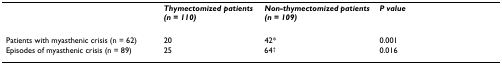
<table><thead><tr><td></td><td><b><i>Thymectomized patients (n = 110)</i></b></td><td><b><i>Non-thymectomized patients (n = 109)</i></b></td><td><b><i>P value</i></b></td></tr></thead><tbody><tr><td>Patients with myasthenic crisis (n = 62)</td><td>20</td><td>42*</td><td>0.001</td></tr><tr><td>Episodes of myasthenic crisis (n = 89)</td><td>25</td><td>64<sup>†</sup></td><td>0.016</td></tr></tbody></table>